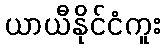
ယာယီနိုင်ငံကူး